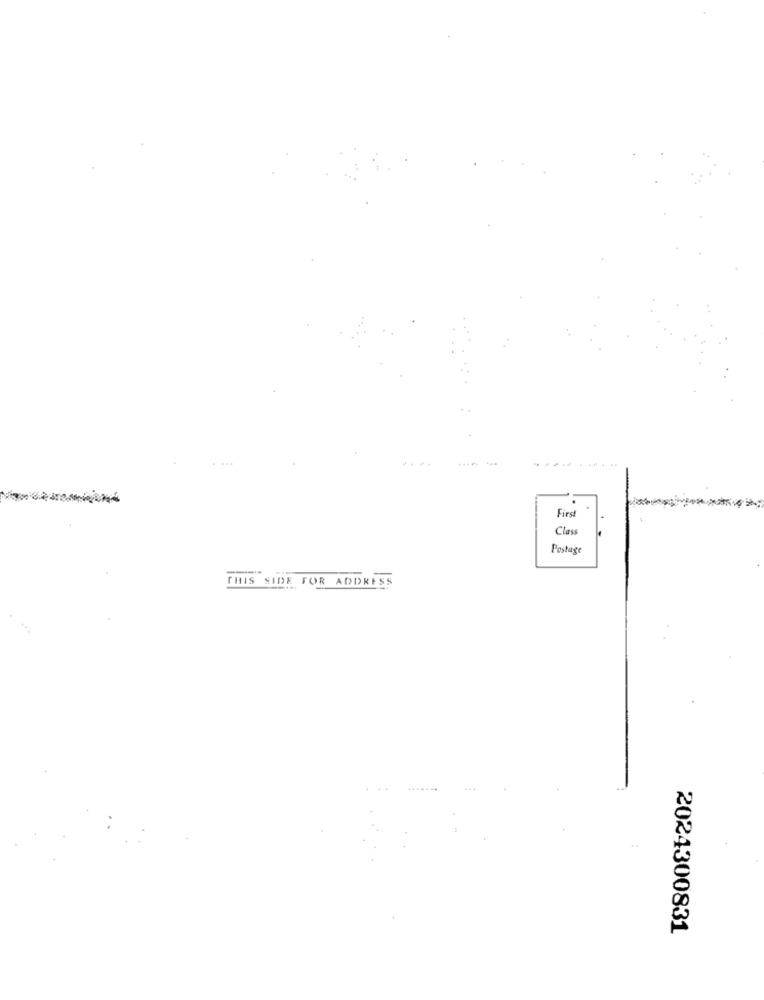
First
Class
Postage
THIS SIDE FOR ADDRESS
2024300831